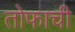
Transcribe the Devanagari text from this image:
तोफाची